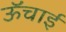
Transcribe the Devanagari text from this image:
ऊॅंचाई